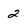
Character: 2